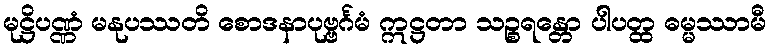
မုဋ္ဌိပဏ္ဏံ မနုပဿတိ စောဒနာပုဗ္ဗင်္ဂမံ ဣဋ္ဌတာ သဉ္စရန္တော ပါပတ္ထ ဓမ္မဿာမီ